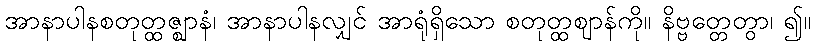
အာနာပါနစတုတ္ထဇ္ဈာနံ၊ အာနာပါနလျှင် အာရုံရှိသော စတုတ္ထဈာန်ကို။ နိဗ္ဗတ္တေတွာ၊ ၍။